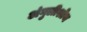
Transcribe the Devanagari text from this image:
अंगुलीशोथ